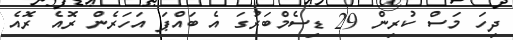
ދިހަ މަސް ކުރިން 29 ޑިސެމްބަރުގަ އެ ބައްޕަ އަހަރެން ރޮއެ ރޮއެ